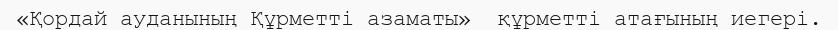
«Қордай ауданының Құрметті азаматы»  құрметті атағының иегері.